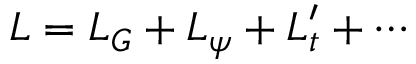
{ \cal L } = { \cal L } _ { G } + { \cal L } _ { \psi } + { \cal L } _ { t } ^ { \prime } + \cdots